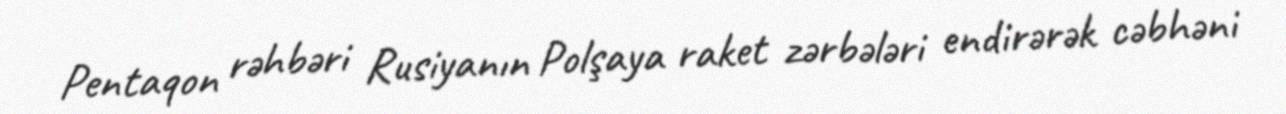
Pentaqon rəhbəri Rusiyanın Polşaya raket zərbələri endirərək cəbhəni